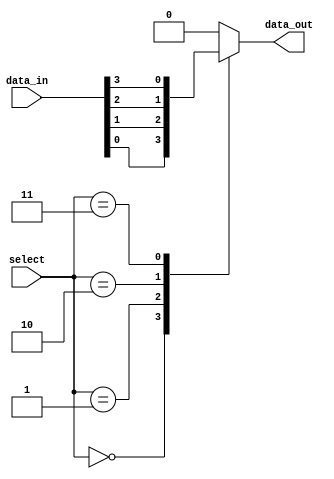
module mux_32to1 (
    input [31:0] data_in,
    input [4:0] select,
    output reg data_out
);

always @ (select)
begin
    case (select)
        5'b00000: data_out = data_in[0];
        5'b00001: data_out = data_in[1];
        5'b00010: data_out = data_in[2];
        5'b00011: data_out = data_in[3];
        // Add cases for inputs 4 through 31
        default: data_out = 0; // Default output
    endcase
end

endmodule